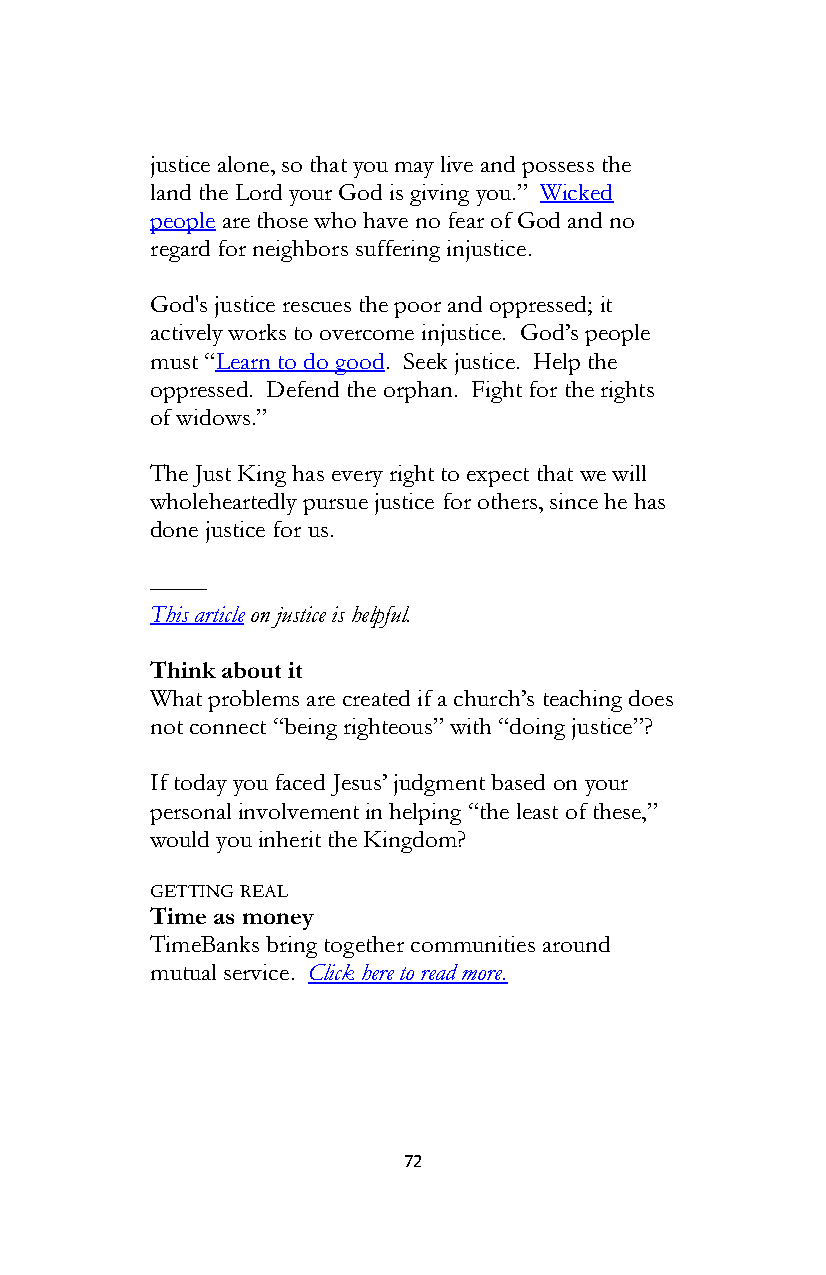
justice alone, so that you may live and possess the
 land the Lord your God is giving you.” Wicked
 people are those who have no fear of God and no
 regard for neighbors suffering injustice.
 God's justice rescues the poor and oppressed; it
 actively works to overcome injustice. God’s people
 must “Learn to do good. Seek justice. Help the
 oppressed. Defend the orphan. Fight for the rights
 of widows.”
 The Just King has every right to expect that we will
 wholeheartedly pursue justice for others, since he has
 done justice for us.
 ––––-
 This article on justice is helpful.
 Think about it
 What problems are created if a church’s teaching does
 not connect “being righteous” with “doing justice”?
 If today you faced Jesus’ judgment based on your
 personal involvement in helping “the least of these,”
 would you inherit the Kingdom?
 GETTING REAL
 Time as money
 TimeBanks bring together communities around
 mutual service. Click here to read more.
 72